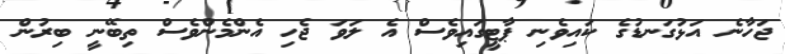
ޖަހާނެ އަޅުގަނޑުގެ ކައިވެނި ޕާޓީގައިވެސް އެ ލަވަ ޖެހި އެންމެންވެސް ތިބޭނީ ބިރުން